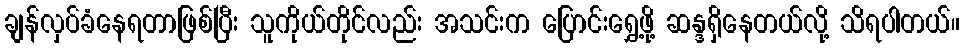
ချန်လှပ်ခံနေရတာဖြစ်ပြီး သူကိုယ်တိုင်လည်း အသင်းက ပြောင်းရွှေ့ဖို့ ဆန္ဒရှိနေတယ်လို့ သိရပါတယ်။